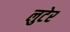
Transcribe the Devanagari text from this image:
लुटेर